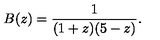
B ( z ) = { \frac { 1 } { ( 1 + z ) ( 5 - z ) } } .